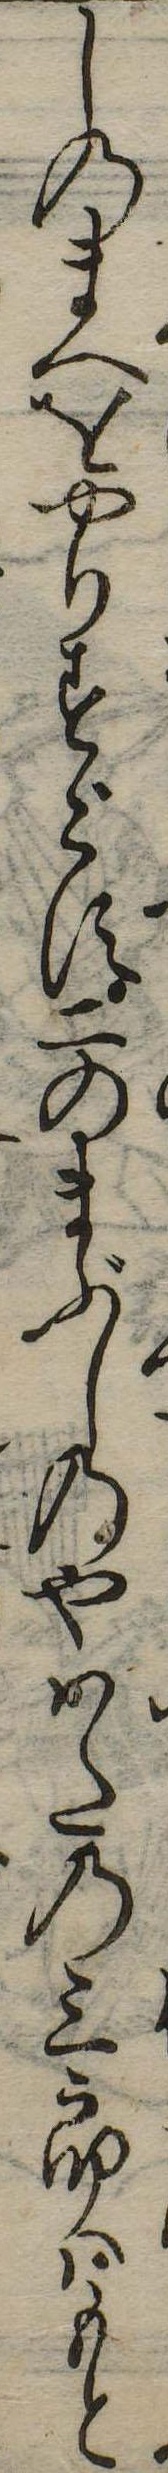
しのまへをやりすごす二のまぶしのやはたの三郎はもと